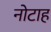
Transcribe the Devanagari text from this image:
नोटाह